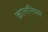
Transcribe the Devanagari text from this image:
कालनियम